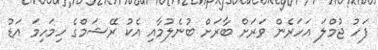
ފަހު ޖުމްލަ އަހަރެން ވަރަށް ބާރަށް ބުނެލުމާއި އެކު ރޭޝަމްގެ ހިމަހިމަ އަޑު